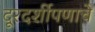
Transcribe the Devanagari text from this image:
दूरदर्शीपणाचे